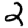
Digit: 2